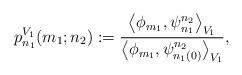
LaTeX: \begin{align*}p_{n_1}^{V_1}(m_1;n_2):=\frac{\big\langle \phi_{m_1},\psi_{n_1}^{n_2}\big\rangle _{V_1}}{\big\langle \phi_{m_1},\psi_{n_1(0)}^{n_2}\big\rangle _{V_1}},\end{align*}